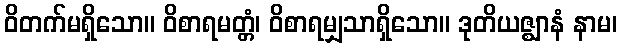
ဝိတက်မရှိသော။ ဝိစာရမတ္တံ၊ ဝိစာရမျှသာရှိသော။ ဒုတိယဇ္ဈာနံ နာမ၊